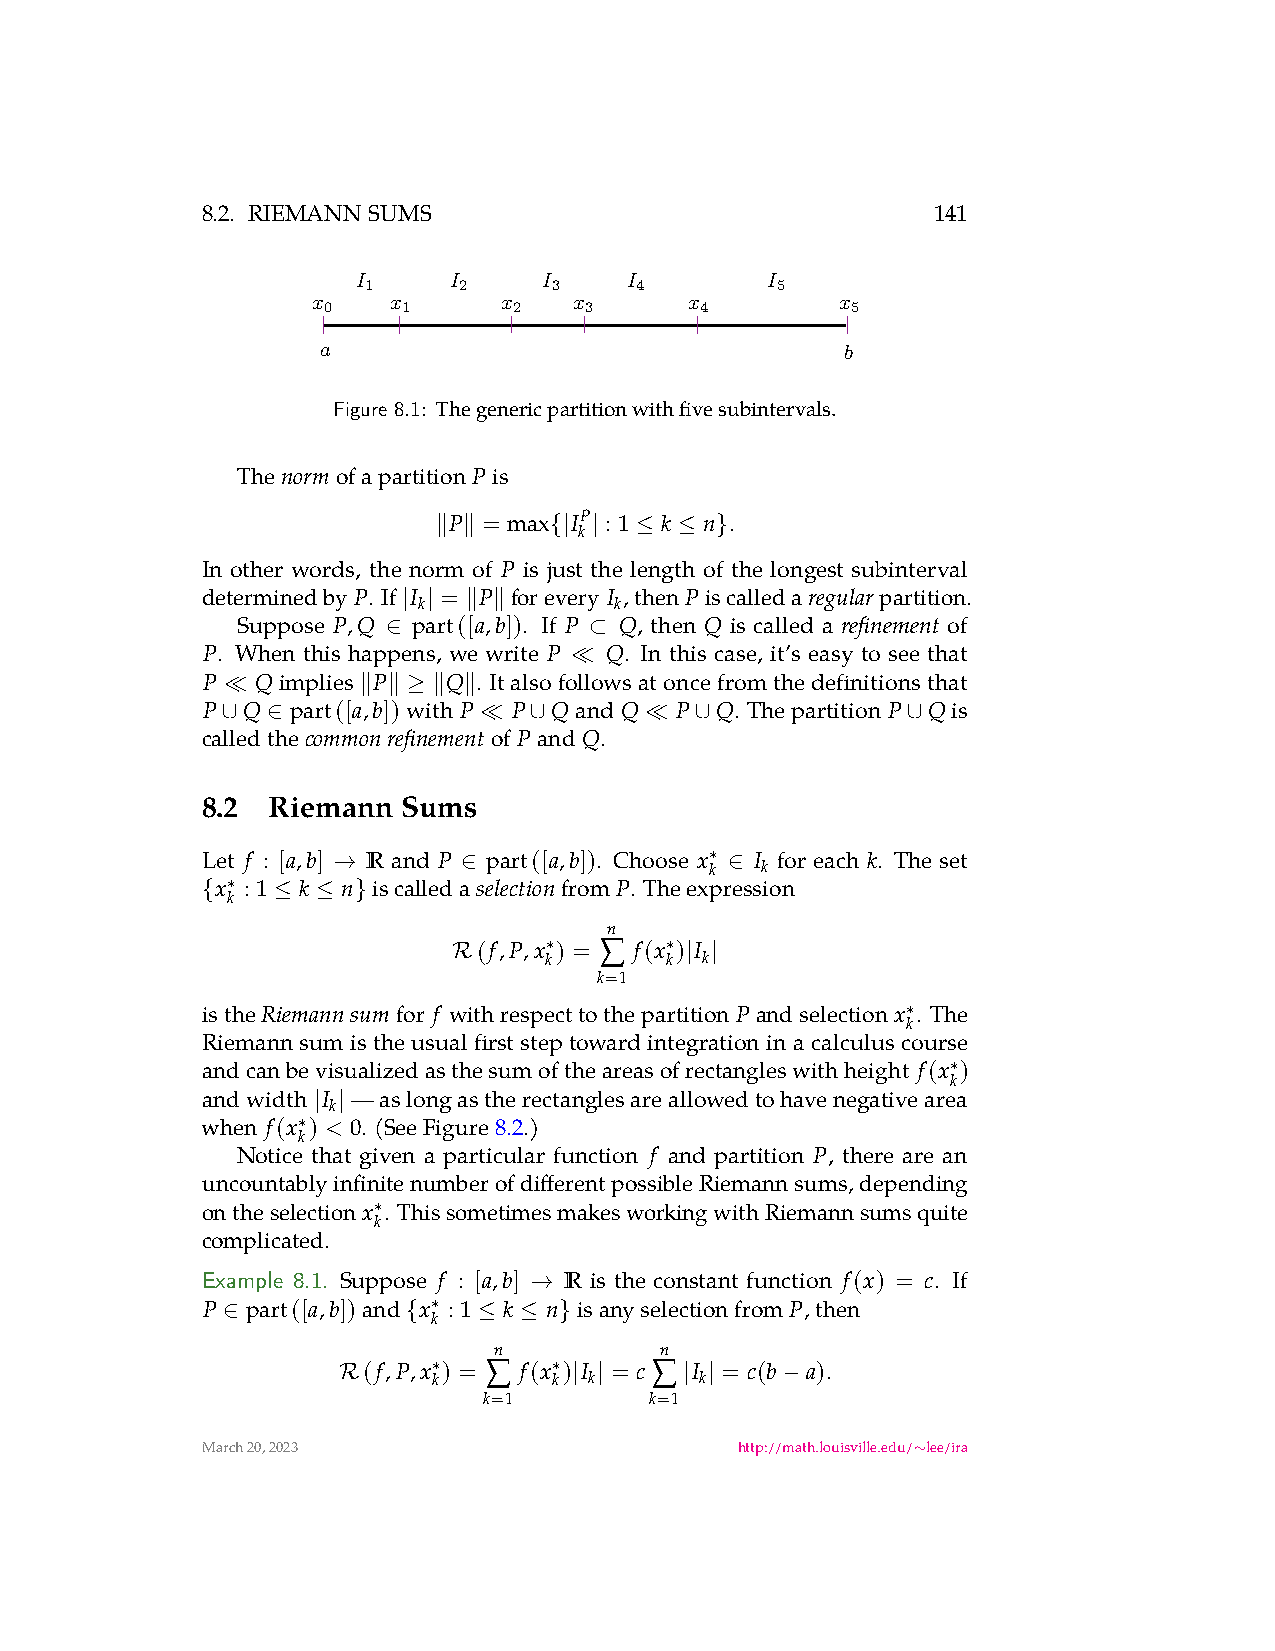
8.2. RIEMANNSUMS                                 141
 I     I     I    I         I
 1     2      3    4        5
 x    x      x    x       x         x
 0     1      2    3      4         5
 a                                  b
 Figure 8.1: Thegenericpartitionwithfivesubintervals.
 The normofapartition Pis
 P = max IP : 1 k n .
 ∥ ∥    {| k| ≤  ≤ }
 In other words, the norm of P is just the length of the longest subinterval
 determinedby P. If I = P forevery I ,then Piscalleda regularpartition.
 k            k
 | | ∥ ∥
 Suppose P,Q part([a,b]). If P Q, then Q is called a refinement of
 ∈            ⊂
 P. When this happens, we write P Q. In this case, it’s easy to see that
 ≪
 P   Qimplies P   Q . Italsofollowsatoncefromthedefinitionsthat
 ≪        ∥ ∥ ≥ ∥ ∥
 P  Q  part([a,b])with P P QandQ P Q. Thepartition P Qis
 ∪  ∈             ≪  ∪       ≪  ∪             ∪
 calledthe commonrefinementof PandQ.
 8.2  Riemann  Sums
 Let f : [a,b] R and P part([a,b]). Choose x I for each k. The set
 →        ∈
 k∗
 ∈
 k
 x : 1 k  n iscalleda selectionfrom P. Theexpression
 {
 k∗
 ≤  ≤ }
 n
 ∑
 R(f,P,x k∗) = f(x k∗) |I
 k
 |
 k=1
 isthe Riemannsumfor f withrespecttothepartition Pandselection x . The
 k∗
 Riemannsumistheusualfirststeptowardintegrationinacalculuscourse
 andcanbevisualizedasthesumoftheareasofrectangleswithheight f(x )
 k∗
 andwidth I —aslongastherectanglesareallowedtohavenegativearea
 k
 | |
 when f(x ) < 0. (SeeFigure8.2.)
 k∗
 Notice that given a particular function f and partition P, there are an
 uncountablyinfinitenumberofdifferentpossibleRiemannsums,depending
 ontheselection x . ThissometimesmakesworkingwithRiemannsumsquite
 k∗
 complicated.
 Example 8.1. Suppose f : [a,b] R is the constant function f(x) = c. If
 →
 P  part([a,b])and x : 1 k n isanyselectionfrom P,then
 ∈           {
 k∗
 ≤ ≤  }
 n          n
 ∑          ∑
 R(f,P,x k∗) = f(x k∗) |I
 k
 |
 = c  |I
 k
 |
 = c(b −a).
 k=1        k=1
 March20,2023                        http://math.louisville.edu/ lee/ira
 ∼